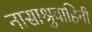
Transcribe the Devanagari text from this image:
नासाश्रुवाहिनी